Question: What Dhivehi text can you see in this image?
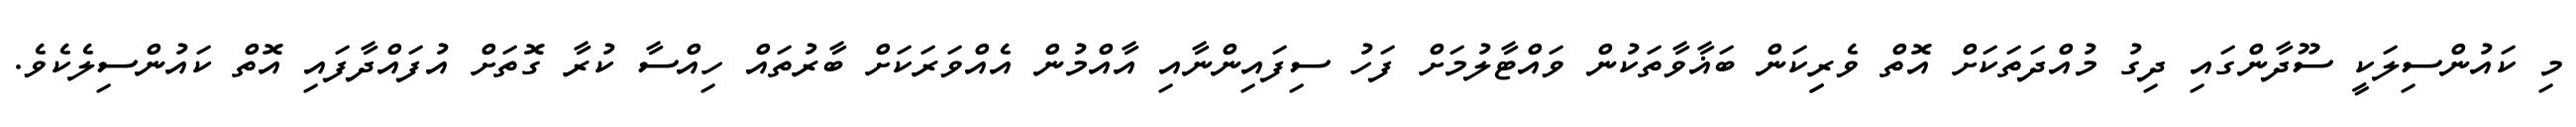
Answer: މި ކައުންސިލަކީ ސޫދާންގައި ދިގު މުއްދަތަކަށް އޮތް ވެރިިކަން ބަޣާވާތަކުން ވައްޓާލުމަށް ފަހު ސިފައިންނާއި އާއްމުން އެއްވަރަކަށް ބާރުތައް ހިއްސާ ކުރާ ގޮތަށް އުފައްދާފައި އޮތް ކައުންސިލެކެވެ.